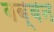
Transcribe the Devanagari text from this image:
बब्‍बन